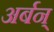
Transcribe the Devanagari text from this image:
अर्बन्